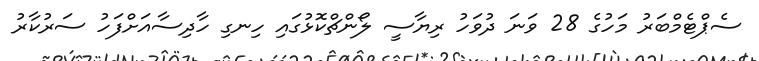
ސެޕްޓެމްބަރު މަހުގެ 28 ވަނަ ދުވަހު ރިޔާސީ ލޯންޗްކޮޅުގައި ހިނގި ހާދިސާއަށްފަހު ސަރުކާރު